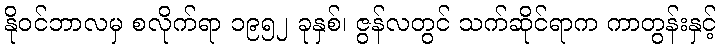
နိုဝင်ဘာလမှ စလိုက်ရာ ၁၉၅၂ ခုနှစ်၊ ဇွန်လတွင် သက်ဆိုင်ရာက ကာတွန်းနှင့်